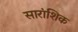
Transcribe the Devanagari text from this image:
सारांशिक